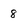
Character: 8